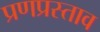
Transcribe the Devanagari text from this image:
प्रणप्रस्ताव